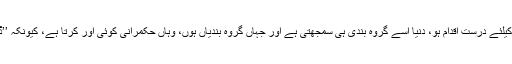
الگ الگ بیٹھ کر وحدت کا راگ الاپنا ممکن ہے منتظمین کیلئے درست اقدام ہو، دنیا اسے گروہ بندی ہی سمجھتی ہے اور جہاں گروہ بندیاں ہوں، وہاں حکمرانی کوئی اور کرتا ہے، کیونکہ ’’ڈیوائیڈ اینڈ رول‘‘ کس کا اصول ہے، اس سے سب آگاہ ہیں۔